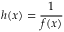
h ( x ) = { \frac { 1 } { f ( x ) } }